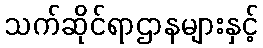
သက်ဆိုင်ရာဌာနများနှင့်